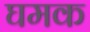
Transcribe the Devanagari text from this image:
घमक